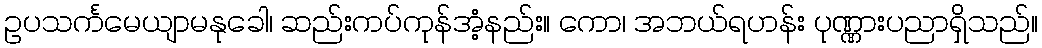
ဥပသင်္ကမေယျာမနုခေါ၊ ဆည်းကပ်ကုန်အံ့နည်း။ ကော၊ အဘယ်ရဟန်း ပုဏ္ဏားပညာရှိသည်။